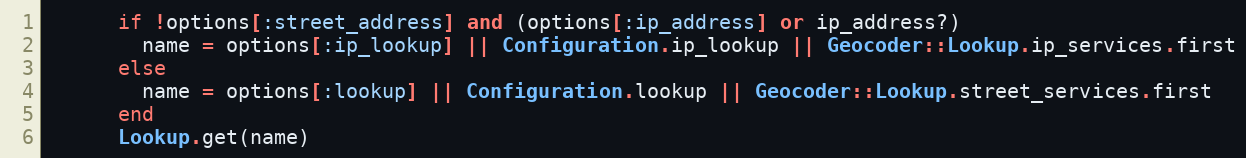
Language: Ruby
      if !options[:street_address] and (options[:ip_address] or ip_address?)
        name = options[:ip_lookup] || Configuration.ip_lookup || Geocoder::Lookup.ip_services.first
      else
        name = options[:lookup] || Configuration.lookup || Geocoder::Lookup.street_services.first
      end
      Lookup.get(name)